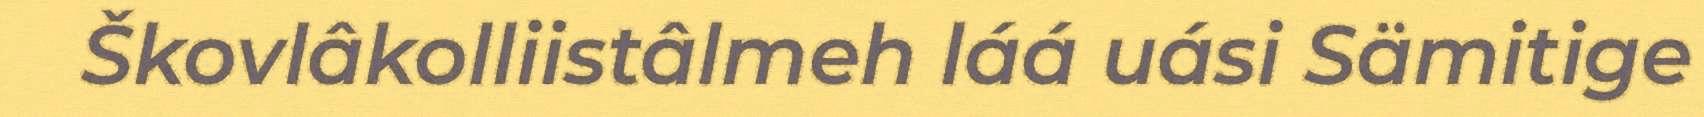
Škovlâkolliistâlmeh láá uási Sämitige